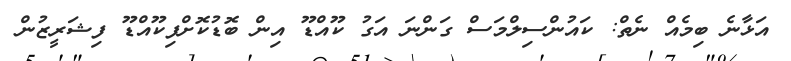
އަޅާނެ ބިމެއް ނެތް: ކައުންސިލްމަސް ގަންނަ އަގު ކޫއްޑޫ އިން ބޮޑުކޮށްފިކޫއްޑޫ ފިޝަރީޒުން